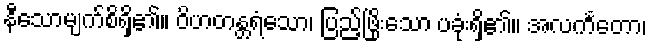
နီသောမျက်စိရှိ၏။ ဝိဟတန္တရံသော၊ ပြည့်ဖြိုးသော ပခုံးရှိ၏။ အလင်္ကတော၊